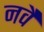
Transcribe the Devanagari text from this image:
नवै